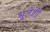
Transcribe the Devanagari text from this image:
भूतेशो